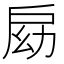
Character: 𢩃